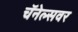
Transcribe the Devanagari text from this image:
चॅनेल्सवर